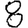
Digit: 8